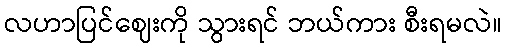
လဟာပြင်ဈေးကို သွားရင် ဘယ်ကား စီးရမလဲ။